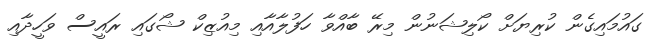
ގައުމައިގެން ކުރިޔަށް ކޯލިޝަނުން މިރޭ ބާއްވާ ހަފުލާއާއި މިއުޒިކް ޝޯގައި ރައީސް ވަހީދާއި